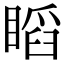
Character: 𥉰